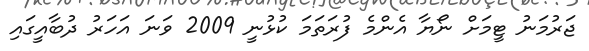
ޖަރުމަނު ޓީމަށް ނޯޔާ އެންމެ ފުރަތަމަ ކުޅުނީ 2009 ވަނަ އަހަރު ދުބާއީގައި